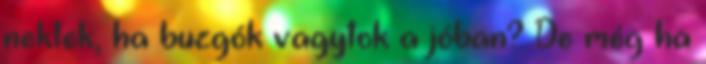
nektek, ha buzgók vagytok a jóban? De még ha